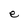
Character: e